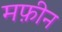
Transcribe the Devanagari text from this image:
मफ़ीन